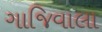
ગાજિવાલા